Indian journal of veterinary science and animal husbandry - Volumes 22-23, 1952-1953
Year: 1952
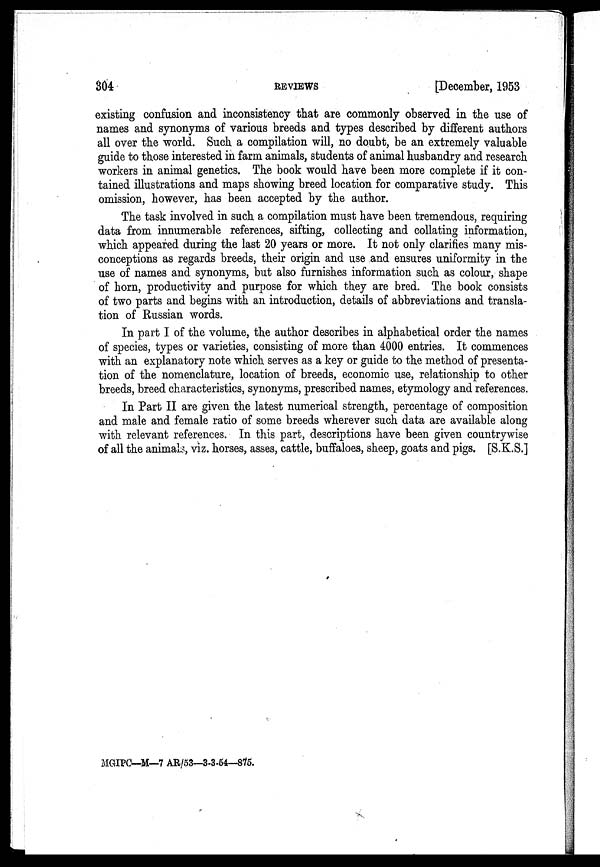
304
REVIEWS
[December, 1953
existing confusion and inconsistency that are commonly observed in the use of
names and synonyms of various breeds and types described by different authors
all over the world. Such a compilation will, no doubt, be an extremely valuable
guide to those interested in farm animals, students of animal husbandry and research
workers in animal genetics. The book would have been more complete if it con-
tained illustrations and maps showing breed location for comparative study. This
omission, however, has been accepted by the author.
The task involved in such a compilation must have been tremendous, requiring
data from innumerable references, sifting, collecting and collating information,
which appeared during the last 20 years or more. It not only clarifies many mis-
conceptions as regards breeds, their origin and use and ensures uniformity in the
use of names and synonyms, but also furnishes information such as colour, shape
of horn, productivity and purpose for which they are bred. The book consists
of two parts and begins with an introduction, details of abbreviations and transla-
tion of Russian words.
In part I of the volume, the author describes in alphabetical order the names
of species, types or varieties, consisting of more than 4000 entries. It commences
with an explanatory note which serves as a key or guide to the method of presenta-
tion of the nomenclature, location of breeds, economic use, relationship to other
breeds, breed characteristics, synonyms, prescribed names, etymology and references.
In Part II are given the latest numerical strength, percentage of composition
and male and female ratio of some breeds wherever such data are available along
with relevant references. In this part, descriptions have been given countrywise
of all the animals, viz. horses, asses, cattle, buffaloes, sheep, goats and pigs. [S.K.S.]
MGIPC—M—7 AR/53-3-3-54—875.